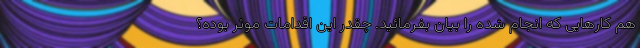
هم کارهایی که انجام شده را بیان بفرمائید. چقدر این اقدامات موثر بوده؟